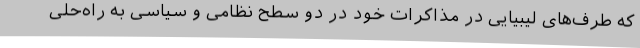
که طرف‌های لیبیایی در مذاکرات خود در دو سطح نظامی و سیاسی به راه‌حلی